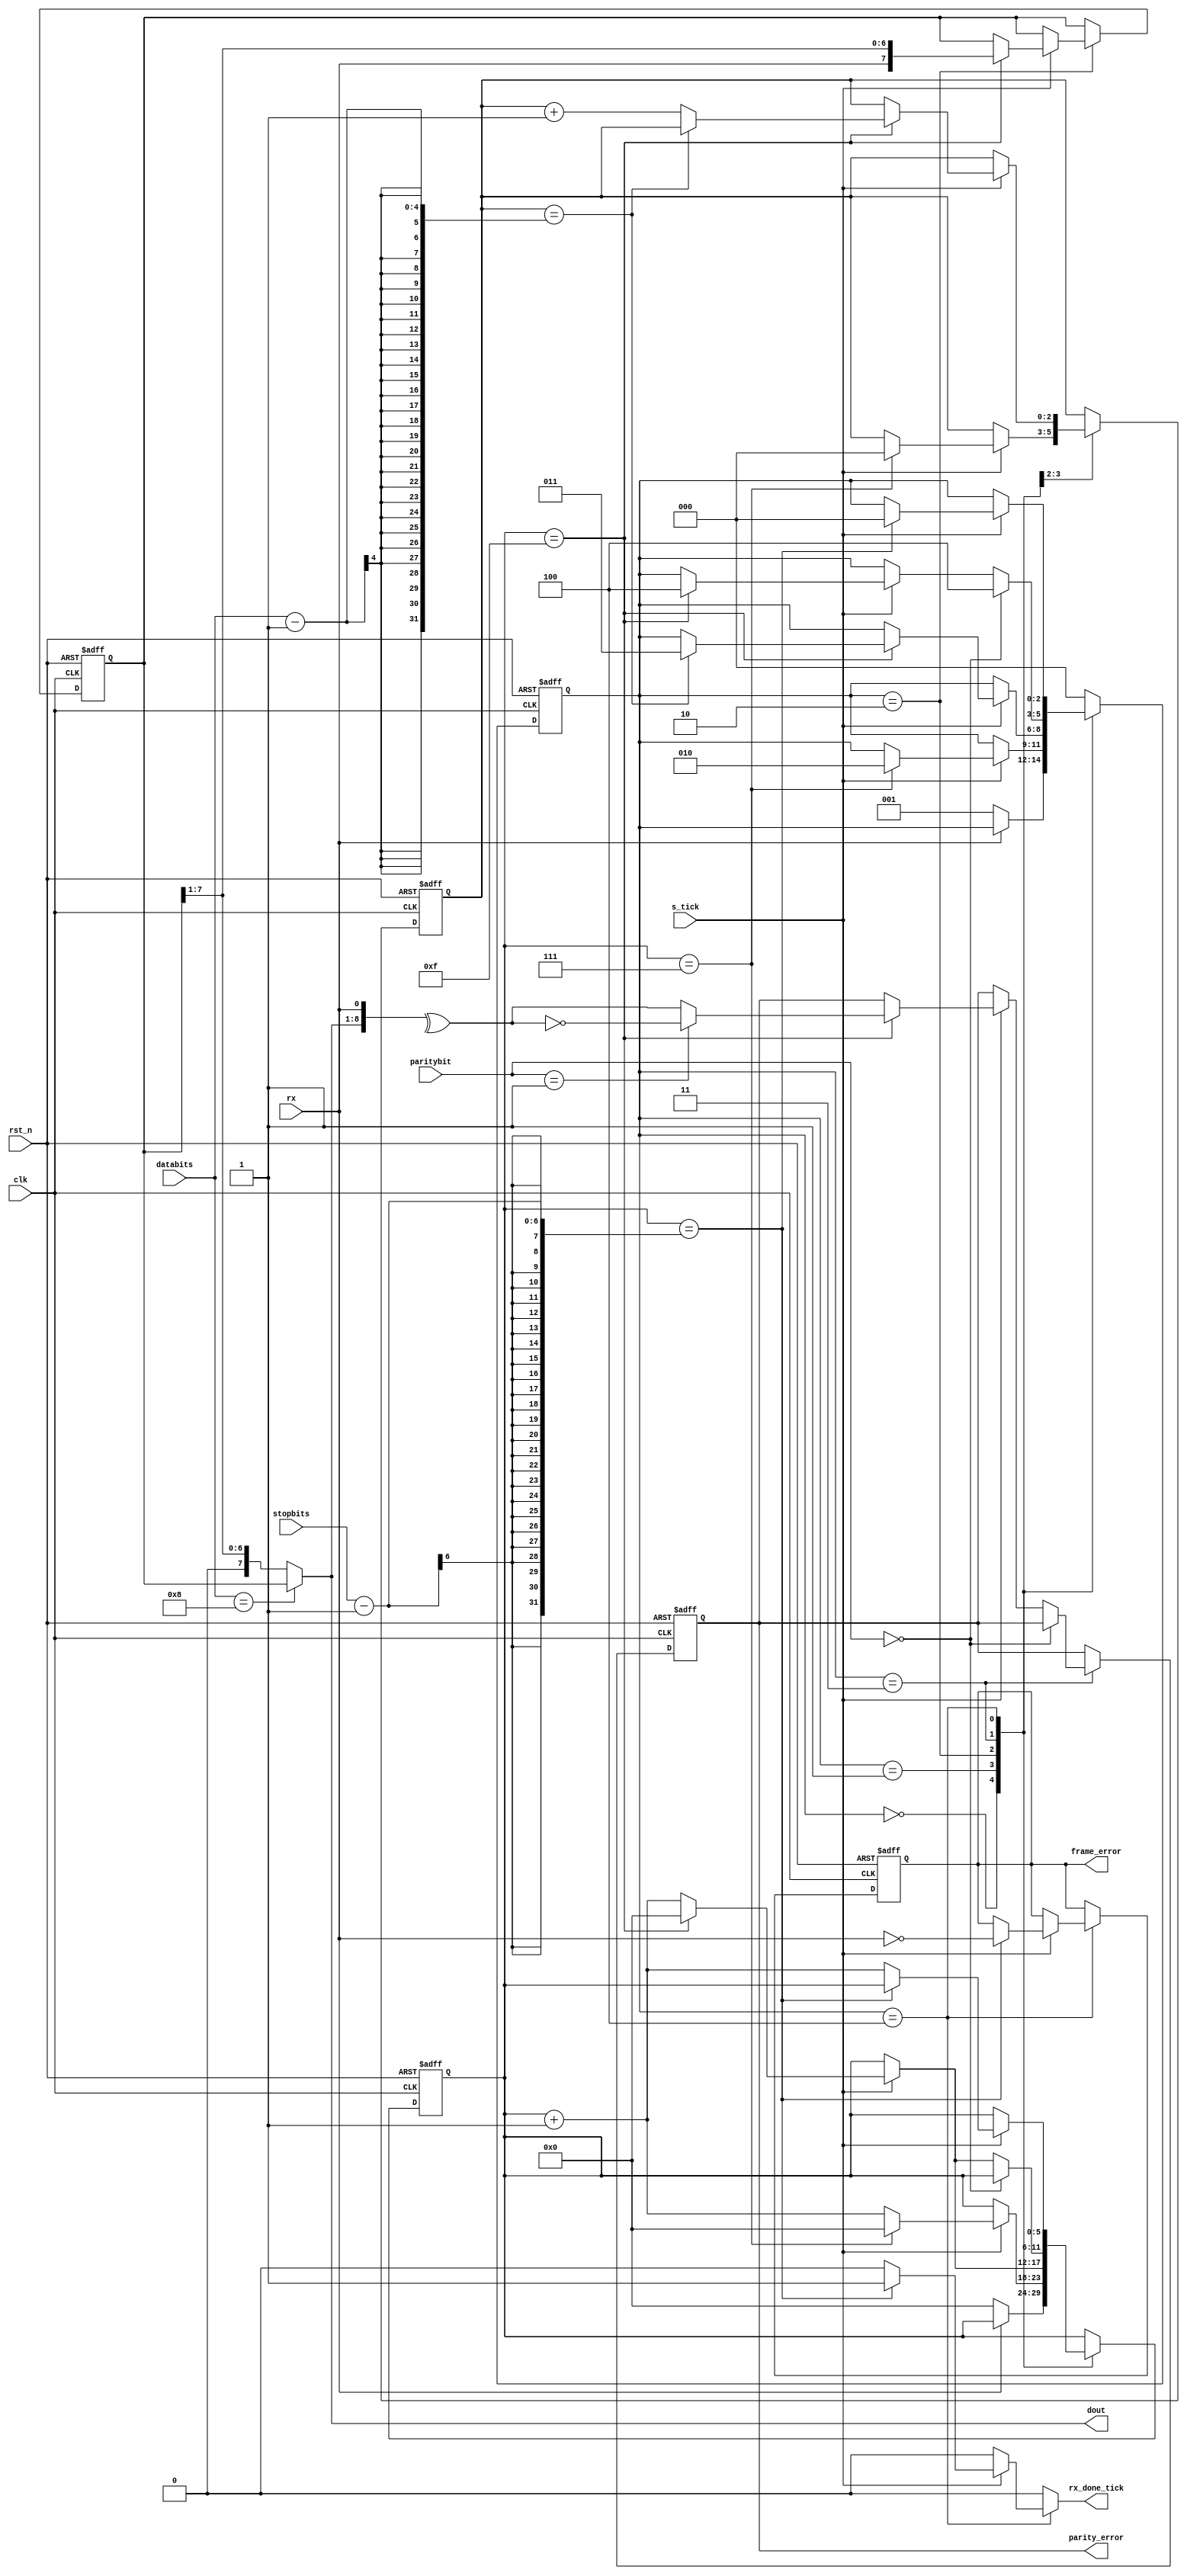
`timescale 1ns / 1ps

module uart_rx  
	(
		input clk,rst_n,
		input rx,
		input s_tick,
		input[3:0] databits, //either 8 or 7 databits
		input[5:0] stopbits, //either 16 or 32 ticks for 1 and 2 stopbits,respectively
		input [1:0] paritybit, //0-no parity, 1=odd parity , 2=even parity
		output reg rx_done_tick,
		output[7:0] dout,
		output reg parity_error, //high if there is error
		output reg frame_error //high if there is error
    );
	 //FSM state declarations
	 localparam[2:0] idle=3'd0,
							start=3'd1,
							data=3'd2,
							parity=3'd3,
							stop=3'd4;
	 reg[2:0] state_reg,state_nxt;
	 reg[5:0] s_reg,s_nxt; //check if number of ticks is 7(middle of start bit), or 15(middle of a data bit)
	 reg[2:0] n_reg,n_nxt; //checks how many data bits is already passed(value is 7 for last bit)
	 reg[7:0] b_reg,b_nxt; //stores 8-bit binary value of received data bits
	 reg parity_error_nxt,frame_error_nxt;
	 //FSM register operation
	 always @(posedge clk,negedge rst_n) begin
		if(!rst_n) begin
			state_reg<=idle;
			s_reg<=0;
			n_reg<=0;
			b_reg<=0;
			parity_error<=0;
			frame_error<=0;
		end
		else begin
			state_reg<=state_nxt;
			s_reg<=s_nxt;
			n_reg<=n_nxt;
			b_reg<=b_nxt;	
			parity_error<=parity_error_nxt;
			frame_error<=frame_error_nxt;
		end
	 end
	 //FSM next-state logic
	 always @* begin
		state_nxt=state_reg;
		s_nxt=s_reg;
		n_nxt=n_reg;
		b_nxt=b_reg;
		rx_done_tick=0;
		parity_error_nxt=parity_error;
		frame_error_nxt=frame_error;
		case(state_reg)
			 idle: if(rx==0) begin //wait for start bit(rx of zero)
						s_nxt=0;
						state_nxt=start;
					 end						
			start: if(s_tick==1) begin //wait for middle of start bit
						if(s_reg==7) begin
							s_nxt=0;
							n_nxt=0;
							state_nxt=data;
						end
						else s_nxt=s_reg+1;
					 end
		    data: if(s_tick==1) begin //wait to pass all middle points of every data bits
						if(s_reg==15) begin
							b_nxt={rx,b_reg[7:1]};
							s_nxt=0;
							if(n_reg==databits-1) state_nxt=parity;
							else n_nxt=n_reg+1;
						end
						else s_nxt=s_reg+1;
					 end
			parity: if(paritybit==0) state_nxt=stop; //no parity
			
						else  begin  //odd or even parity
							if(s_tick==1) begin 
								if(s_reg==15) begin //go to middle point of parity bit
									parity_error_nxt=(paritybit==1)? !{^{dout,rx}} : {^{dout,rx}} ; 
									s_nxt=0;
									state_nxt=stop;
								end
								else s_nxt=s_reg+1;
							end
						end
			
			 stop: if(s_tick==1) begin  //wait to pass the required stop bits
						if(s_reg==stopbits-1) begin
							frame_error_nxt=!rx;
							rx_done_tick=1;
							state_nxt=idle;
						end
  						else s_nxt=s_reg+1;
					 end	
		 default: state_nxt=idle;
		endcase
	 end
	 assign dout=(databits==8)? b_reg : (b_reg>>1);
endmodule